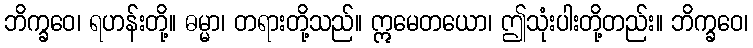
ဘိက္ခဝေ၊ ရဟန်းတို့။ ဓမ္မာ၊ တရားတို့သည်။ ဣမေတယော၊ ဤသုံးပါးတို့တည်း။ ဘိက္ခဝေ၊